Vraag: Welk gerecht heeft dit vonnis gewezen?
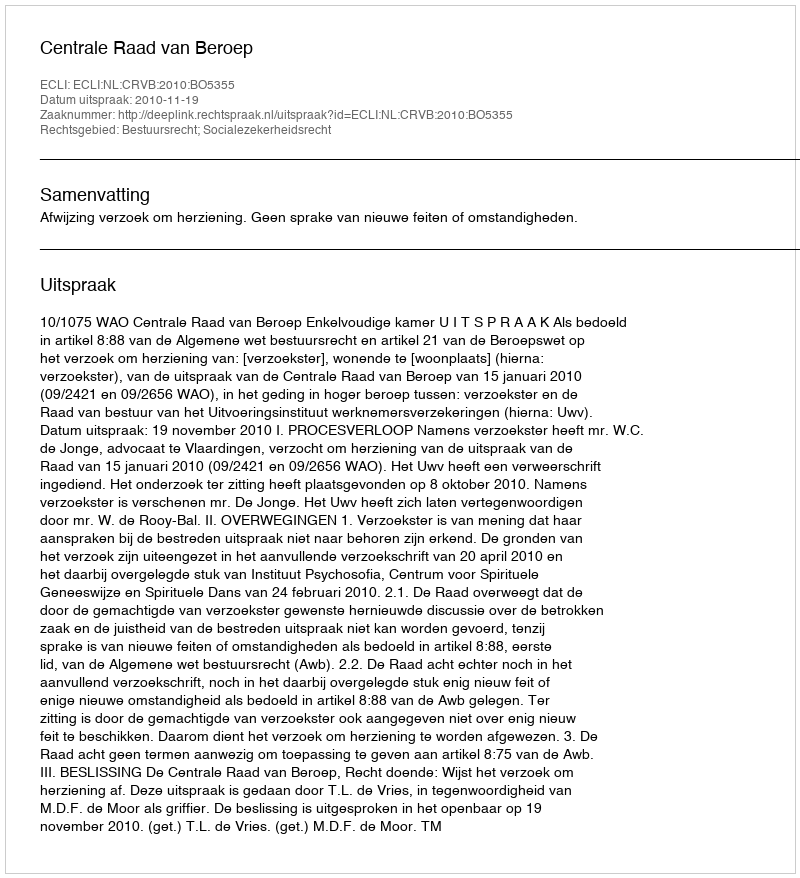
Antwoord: Centrale Raad van Beroep